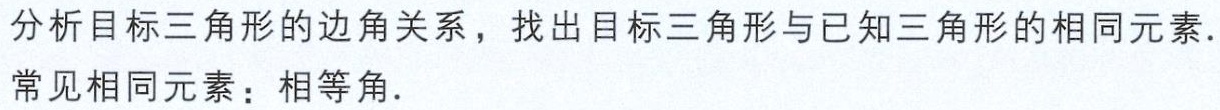
分析目标三角形的边角关系，找出目标三角形与已知三角形的相同元素.
常见相同元素：相等角.